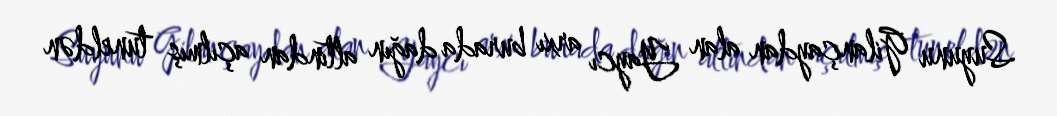
Suyunu Gilançaydan alan Yaycı arxı burada dağın altından açılmış tuneldən